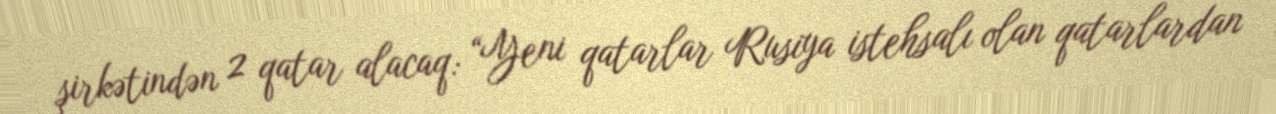
şirkətindən 2 qatar alacaq: “Yeni qatarlar Rusiya istehsalı olan qatarlardan